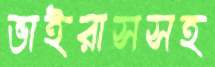
ভাইরাসসহ